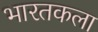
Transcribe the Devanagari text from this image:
भारतकला